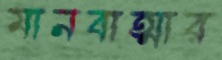
মানবাত্মার